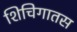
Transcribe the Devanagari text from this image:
शिचिगातस